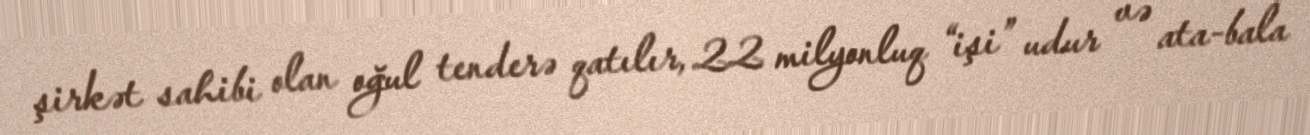
şirkət sahibi olan oğul tenderə qatılır, 22 milyonluq “işi” udur və ata-bala